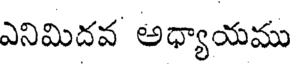
ఎనిమిదవ అధ్యాయము